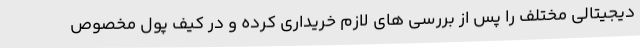
دیجیتالی مختلف را پس از بررسی های لازم خریداری کرده و در کیف پول مخصوص